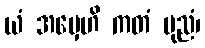
ယံ အမှေဟိ ကတံ ပုညံ၊